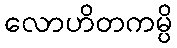
လောဟိတကမ္ပိ